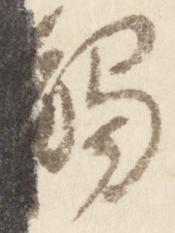
触